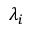
\lambda _ { i }